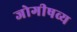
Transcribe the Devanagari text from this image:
जोगीषव्य